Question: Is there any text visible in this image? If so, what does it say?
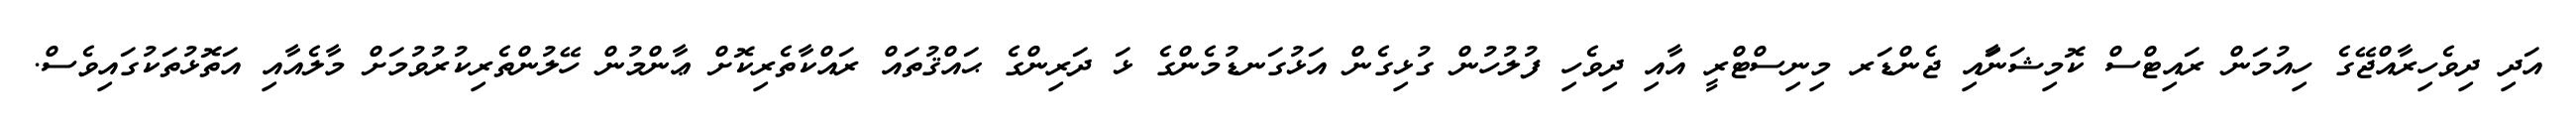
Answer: އަދި ދިވެހިރާއްޖޭގެ ހިއުމަން ރައިޓްސް ކޮމިޝަނަާއި ޖެންޑަރ މިނިސްޓްރީ އާއި ދިވެހި ފުލުހުން ގުޅިގެން އަޅުގަނޑުމެންގެ ޅަ ދަރިންގެ ޙައްޤުތައް ރައްކާތެރިކޮށް ޢާންމުން ހޭލުންތެރިކުރުވުމަށް މާލެއާއި އަތޮޅުތަކުގައިވެސް.